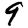
Digit: 9